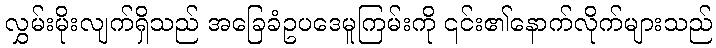
လွှမ်းမိုးလျက်ရှိသည် အခြေခံဥပဒေမူကြမ်းကို ၎င်း၏နောက်လိုက်များသည်